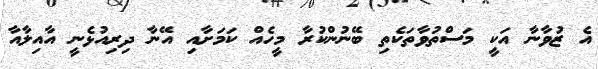
އެ ޒުވާނާ އަކީ މަސްތުވާތަކެތި ބޭނުންކުރާ މީހެއް ކަމަށާއި އޭނާ ދިރިއުޅެނީ އާއިލާއާ